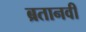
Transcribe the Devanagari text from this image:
ब्रतानवी